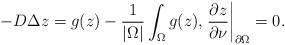
LaTeX: \begin{align*} -D\Delta z=g(z)-\frac{1}{\vert\Omega\vert}\int_\Omega g(z), \left. \frac{\partial z}{\partial \nu}\right\vert_{\partial\Omega}=0. \end{align*}